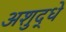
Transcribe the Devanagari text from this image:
अशुद्धे